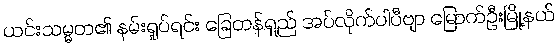
ယင်းသမ္မတ၏ နမ်းရှုပ်ရင်း ခြေတန်ရှည် အပ်လိုက်ပါပီဗျာ မြောက်ဦးမြို့နယ်